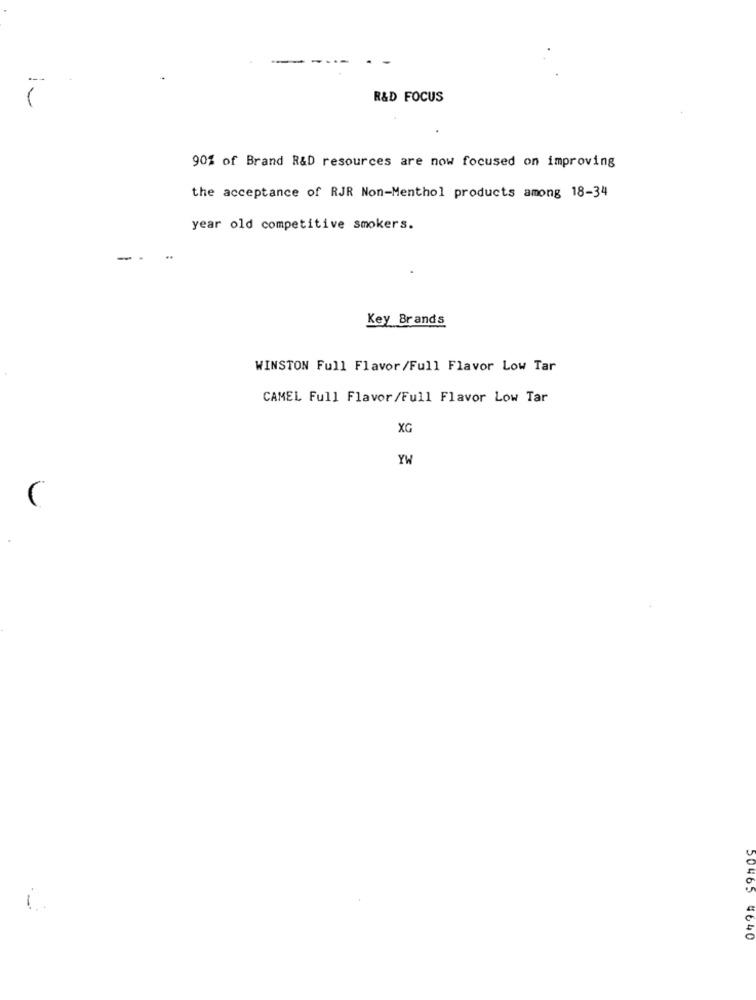
R&D FOCUS
90% of Brand R&D resources are now focused on improving
the acceptance of RJR Non-Menthol products among 18-34
year old competitive smokers.
-
Key Brands
WINSTON Full Flavor/Full Flavor Low Tar
CAMEL Full Flavor/Full Flavor Low Tar
XG
YH
(
1
50465 4640